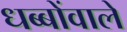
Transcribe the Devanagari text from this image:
धब्बोंवाले